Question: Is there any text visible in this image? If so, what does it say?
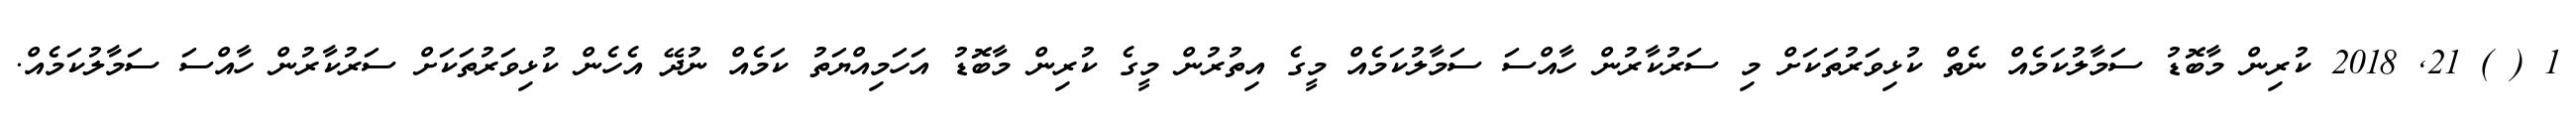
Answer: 1 ( ) 21, 2018 ކުރިން މާބޮޑު ސަމާލުކަމެއް ނެތް ކުޅިވަރުތަކަށް މި ސަރުކާރުން ހާއްސަ ސަމާލުކަމެއް މީގެ އިތުރުން މީގެ ކުރިން މާބޮޑު އަހަމިއްޔަތު ކަމެއް ނުދޭ އެހެން ކުޅިވަރުތަކަށް ސަރުކާރުން ހާއްސަ ސަމާލުކަމެއް.